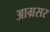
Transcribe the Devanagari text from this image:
आग्रसर